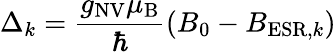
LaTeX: \Delta_{k}=\frac{g_{\mathrm{NV}}\mu_{\mathrm{B}}}{\hbar}\left(B_{0}-B_{\mathrm{ESR},k}\right)